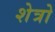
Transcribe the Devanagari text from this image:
शेत्रो